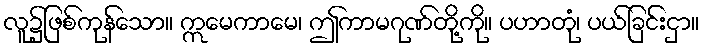
လူ၌ဖြစ်ကုန်သော။ ဣမေကာမေ၊ ဤကာမဂုဏ်တို့ကို။ ပဟာတုံ၊ ပယ်ခြင်းငှာ။